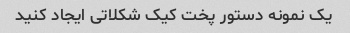
یک نمونه دستور پخت کیک شکلاتی ایجاد کنید